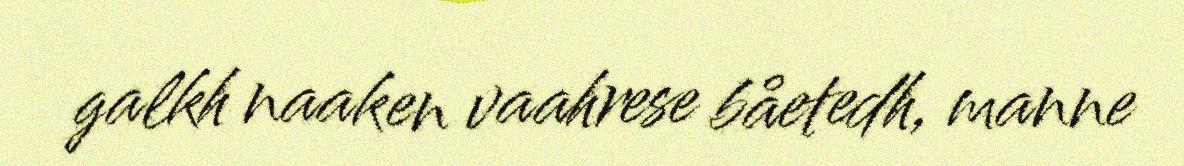
galkh naaken vaahrese båetedh, manne